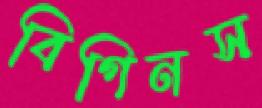
বিগিনস